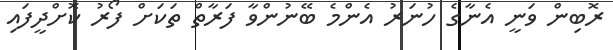
ރޮބިން ވަނީ އެނާގެ ހުނަރު އެންމެ ބޭނުންވާ ފަރާތް ތަކަށް ފޯރު ކޮށްދީފައި